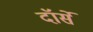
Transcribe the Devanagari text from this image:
दॉर्से